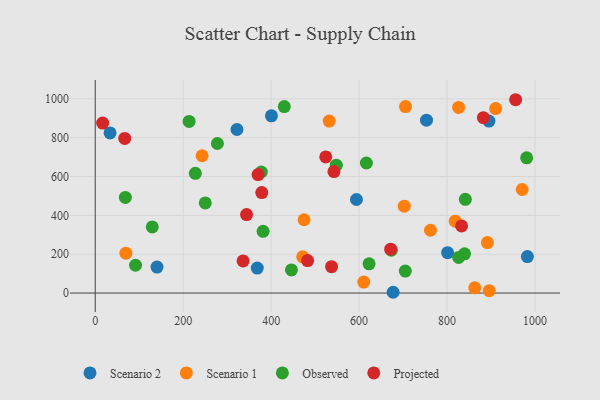
{"axis": {"x": "Speed", "y": "Yield"}, "legend": ["Observed", "Projected", "Scenario 1", "Scenario 2"], "data": [{"x": "982.7", "y": 187.9, "type": "Scenario 2"}, {"x": "368.4", "y": 128.7, "type": "Scenario 2"}, {"x": "895.3", "y": 885.4, "type": "Scenario 2"}, {"x": "400.7", "y": 912.4, "type": "Scenario 2"}, {"x": "140.5", "y": 133.8, "type": "Scenario 2"}, {"x": "677.4", "y": 4.0, "type": "Scenario 2"}, {"x": "594.0", "y": 481.7, "type": "Scenario 2"}, {"x": "322.3", "y": 842.2, "type": "Scenario 2"}, {"x": "801.3", "y": 207.9, "type": "Scenario 2"}, {"x": "33.7", "y": 824.5, "type": "Scenario 2"}, {"x": "753.3", "y": 889.9, "type": "Scenario 2"}, {"x": "891.8", "y": 260.1, "type": "Scenario 1"}, {"x": "970.9", "y": 533.2, "type": "Scenario 1"}, {"x": "702.7", "y": 447.3, "type": "Scenario 1"}, {"x": "818.6", "y": 370.1, "type": "Scenario 1"}, {"x": "910.6", "y": 949.7, "type": "Scenario 1"}, {"x": "610.6", "y": 56.4, "type": "Scenario 1"}, {"x": "863.1", "y": 26.7, "type": "Scenario 1"}, {"x": "762.3", "y": 323.3, "type": "Scenario 1"}, {"x": "69.7", "y": 205.5, "type": "Scenario 1"}, {"x": "471.8", "y": 186.4, "type": "Scenario 1"}, {"x": "826.3", "y": 955.7, "type": "Scenario 1"}, {"x": "532.0", "y": 885.6, "type": "Scenario 1"}, {"x": "474.9", "y": 377.3, "type": "Scenario 1"}, {"x": "896.0", "y": 12.3, "type": "Scenario 1"}, {"x": "705.5", "y": 960.0, "type": "Scenario 1"}, {"x": "243.0", "y": 706.9, "type": "Scenario 1"}, {"x": "548.2", "y": 658.4, "type": "Observed"}, {"x": "839.9", "y": 202.0, "type": "Observed"}, {"x": "129.7", "y": 340.3, "type": "Observed"}, {"x": "429.9", "y": 960.2, "type": "Observed"}, {"x": "213.5", "y": 883.6, "type": "Observed"}, {"x": "68.5", "y": 492.6, "type": "Observed"}, {"x": "250.2", "y": 463.9, "type": "Observed"}, {"x": "381.7", "y": 318.0, "type": "Observed"}, {"x": "446.2", "y": 119.1, "type": "Observed"}, {"x": "826.4", "y": 183.5, "type": "Observed"}, {"x": "705.1", "y": 113.4, "type": "Observed"}, {"x": "91.6", "y": 143.1, "type": "Observed"}, {"x": "981.1", "y": 696.2, "type": "Observed"}, {"x": "227.6", "y": 616.3, "type": "Observed"}, {"x": "377.7", "y": 623.3, "type": "Observed"}, {"x": "277.8", "y": 769.9, "type": "Observed"}, {"x": "622.7", "y": 150.3, "type": "Observed"}, {"x": "616.6", "y": 669.5, "type": "Observed"}, {"x": "841.6", "y": 482.5, "type": "Observed"}, {"x": "673.3", "y": 220.3, "type": "Observed"}, {"x": "336.2", "y": 165.2, "type": "Projected"}, {"x": "833.0", "y": 345.8, "type": "Projected"}, {"x": "537.4", "y": 135.6, "type": "Projected"}, {"x": "16.8", "y": 875.2, "type": "Projected"}, {"x": "524.2", "y": 701.1, "type": "Projected"}, {"x": "882.6", "y": 903.1, "type": "Projected"}, {"x": "67.0", "y": 796.3, "type": "Projected"}, {"x": "378.7", "y": 517.4, "type": "Projected"}, {"x": "542.8", "y": 625.7, "type": "Projected"}, {"x": "370.3", "y": 609.9, "type": "Projected"}, {"x": "344.1", "y": 404.3, "type": "Projected"}, {"x": "671.9", "y": 226.1, "type": "Projected"}, {"x": "482.9", "y": 167.2, "type": "Projected"}, {"x": "955.9", "y": 995.4, "type": "Projected"}]}